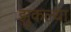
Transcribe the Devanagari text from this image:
झुकल्या